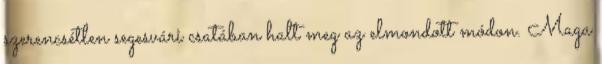
szerencsétlen segesvári csatában halt meg az elmondott módon. Maga